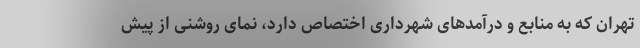
تهران که به منابع و درآمدهای شهرداری اختصاص دارد، نمای روشنی از پیش